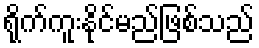
ရိုက်ကူးနိုင်မည်ဖြစ်သည်